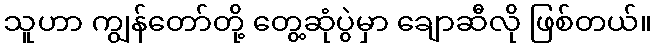
သူဟာ ကျွန်တော်တို့ တွေ့ဆုံပွဲမှာ ချောဆီလို ဖြစ်တယ်။